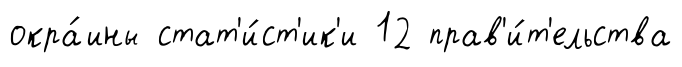
окра́ины стат'и́ст'ик'и 12 прав'и́т'ельства